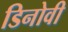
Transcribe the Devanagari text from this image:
डिनोवी